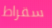
سقراط